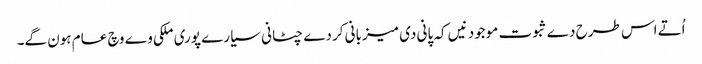
اُتے اس طرح دے ثبوت موجود نیں کہ پانی دی میزبانی کردے چٹانی سیارے پوری ملکی وے وچ عام ہون گے۔